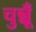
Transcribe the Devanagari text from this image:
चुन्नूँ